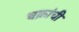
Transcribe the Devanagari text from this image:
चक्रांची